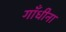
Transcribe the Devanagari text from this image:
गाँधीना